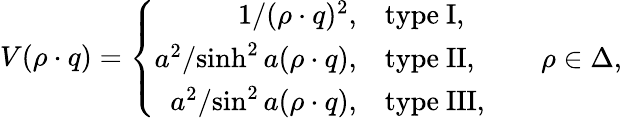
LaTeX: V(\rho\cdot q)=\left\{ \begin{array}{rll}{{{1/{(\rho\cdot q)^{2}}},}}&{{\mathrm{type~I},}}&{{}}\\ {{{a^{2}/{\sinh^{2}a(\rho\cdot q)}},}}&{{\mathrm{type~II},}}&{{\quad\rho\in\Delta,}}\\ {{{a^{2}/{\sin^{2}a(\rho\cdot q)}},}}&{{\mathrm{type~III},}}&{{}}\end{array}\right.